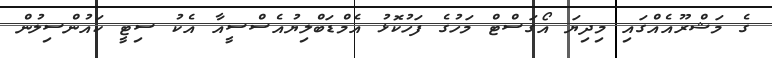
ގެ މަޝްރޫއެއްގައި މިދިޔަ އޯގަސްޓް މަހުގެ ފަހުކޮޅު އެމްޑަބްލިޔުއެސްސީއާ އެކު ސިޓީ ކައުންސިލުން